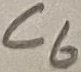
Text: C6